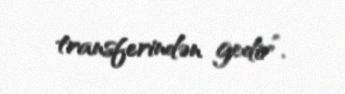
transferindən gedir”.